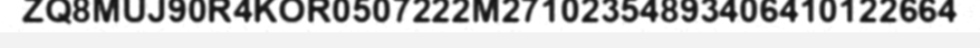
ZQ8MUJ90R4KOR0507222M27102354893406410122664